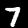
Label: 7